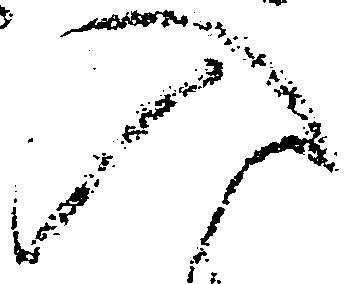
入